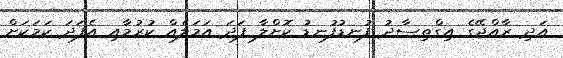
އަދި ރާއްޖޭގެ އިގްތިސާދު ފުނޑުފުނޑު ކޮށްލާ ފަދަ އަމަލެއް ކުރުމާއި އެފަދަ ކަމަކަށް